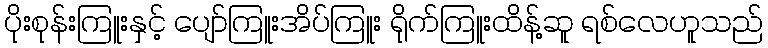
ပိုးစုန်းကြူးနှင့် ပျော်ကြူးအိပ်ကြူး ရိုက်ကြူးထိန့်ဆူ ရစ်လေဟူသည်